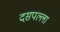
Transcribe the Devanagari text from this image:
दसपल्ला